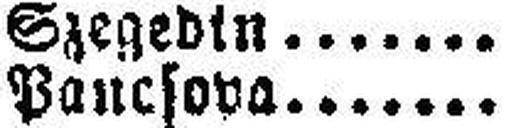
Pancsova